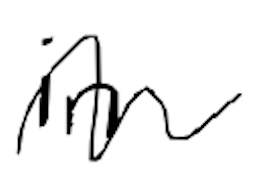
Text: in
Cross-out: wave
Writing tool: digital_black